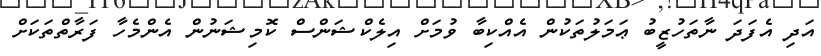
އަދި އެފަދަ ނާތަހުޒީބު ޢަމަލުތަކުން އެއްކިބާ ވުމަށް އިލެކްޝަންސް ކޮމިޝަނުން އެންމެހާ ފަރާތްތަކަށް